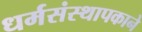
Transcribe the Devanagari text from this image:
धर्मसंस्थापकाने